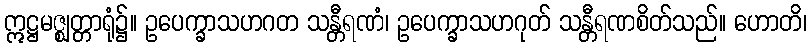
ဣဋ္ဌမဇ္ဈတ္တာရုံ၌။ ဥပေက္ခာသဟဂတ သန္တီရဏံ၊ ဥပေက္ခာသဟဂုတ် သန္တီရဏစိတ်သည်။ ဟောတိ၊